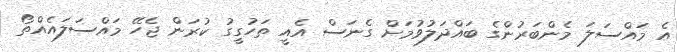
އެ މައްސަލަ މެންބަރުންގެ ބައްދަލުވުމަށް ގެނަސް އެއީ ތަހުގީގު ކުރަން ޖެހޭ މައްސަލައެއްތޯ